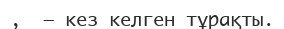
,  – кез келген тұрақты.